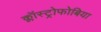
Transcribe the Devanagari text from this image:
क्लॉस्ट्रोफोबिया